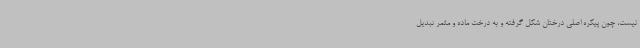
نیست، چون پیکره اصلی درختان شکل گرفته و به درخت ماده و مثمر تبدیل